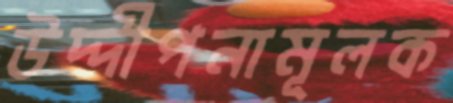
উদ্দীপনামূলক